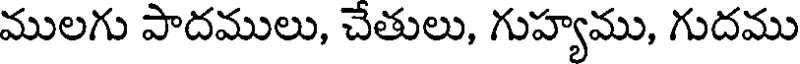
ములగు పాదములు, చేతులు, గుహ్యము, గుదము